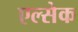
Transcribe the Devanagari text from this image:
एल्सेक